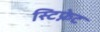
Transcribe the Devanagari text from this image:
स्टिफ्नेट